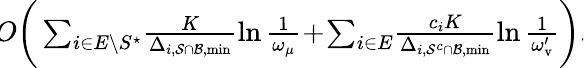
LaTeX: \begin{array}{r}{\! O\bigg(\sum_{i\in E\setminus S^{\star}}\! \frac{K}{\Delta_{i,\mathcal{S}\cap\mathcal{B},\operatorname*{min}}}\ln\frac{1}{\omega_{\mu}}\! +\! \sum_{i\in E}\! \frac{c_{i}K}{\Delta_{i,\mathcal{S}^{c}\cap\mathcal{B},\operatorname*{min}}}\ln\frac{1}{\omega_{\mathrm{v}}^{\prime}}\bigg).\! }\end{array}